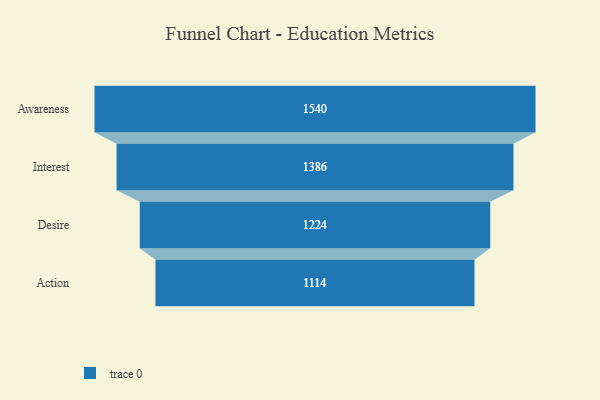
{"axis": {"x": "Stage", "y": "Value"}, "legend": [""], "data": [{"x": "Awareness", "y": 1540.0, "type": ""}, {"x": "Interest", "y": 1386.0, "type": ""}, {"x": "Desire", "y": 1224.0, "type": ""}, {"x": "Action", "y": 1114.0, "type": ""}]}